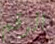
الرقم